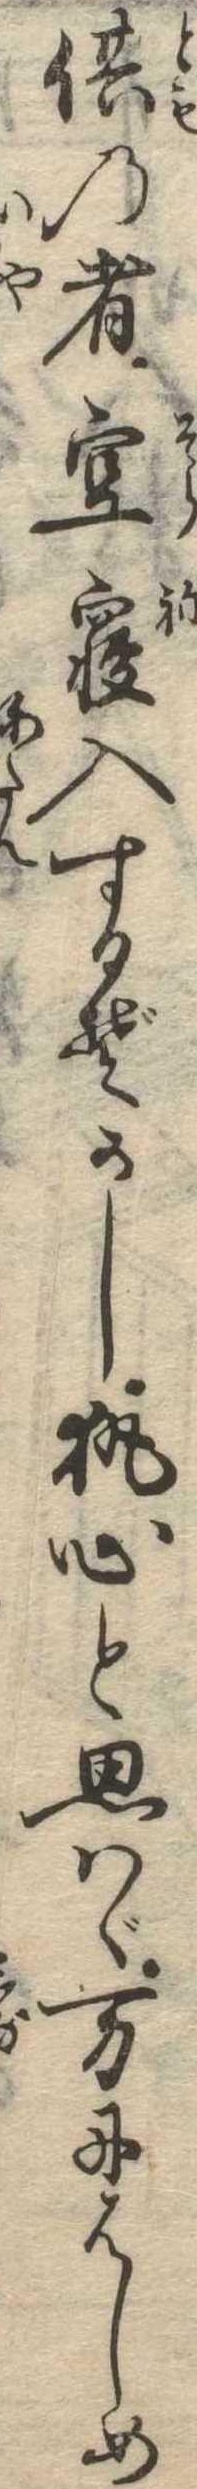
供の者空寝入するぞかし執心と思はゞ万にはしめ